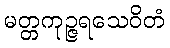
မတ္တကုဉ္ဇရသေဝိတံ